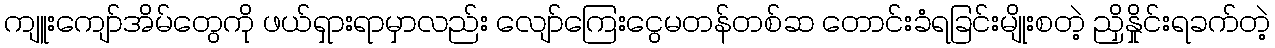
ကျူးကျော်အိမ်တွေကို ဖယ်ရှားရာမှာလည်း လျော်ကြေးငွေမတန်တစ်ဆ တောင်းခံရခြင်းမျိုးစတဲ့ ညှိနှိုင်းရခက်တဲ့